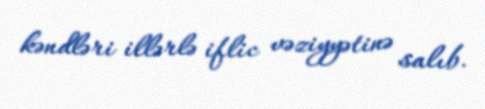
kəndləri illərlə iflic vəziyyətinə salıb.